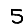
Digit: 5